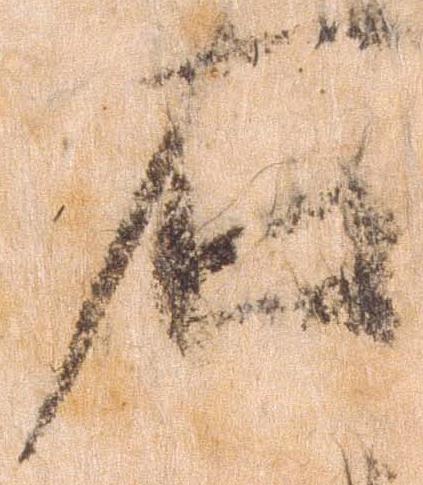
右